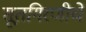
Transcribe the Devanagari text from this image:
सूतगिरणीचे